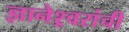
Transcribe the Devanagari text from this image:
ज्ञानेश्र्वरांची